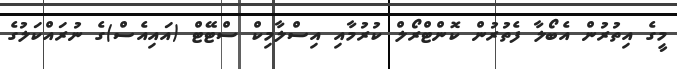
މީގެ އިތުރުން އެބޯލާ ފެތުރުން ކޮންޓްރޯލް ކުރުމާއި އިސްލާމިކް ސްޓޭޓް (އައިއެސް)ގެ ނުރައްކަލުގެ